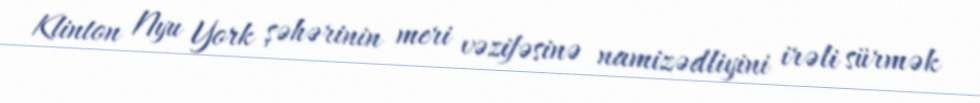
Klinton Nyu York şəhərinin meri vəzifəsinə namizədliyini irəli sürmək